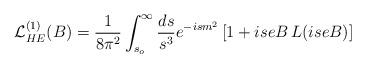
LaTeX: \begin{align*}{\cal L}^{(1)}_{HE}(B)={1\over 8\pi^2}\int_{s_o}^\infty {ds\over s^3}e^{-ism^2}\,[1+iseB\,L(iseB)]\end{align*}